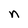
Character: n